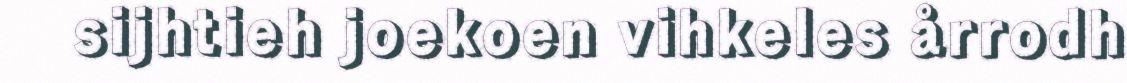
sijhtieh joekoen vihkeles årrodh